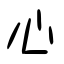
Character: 心